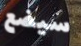
سيضع